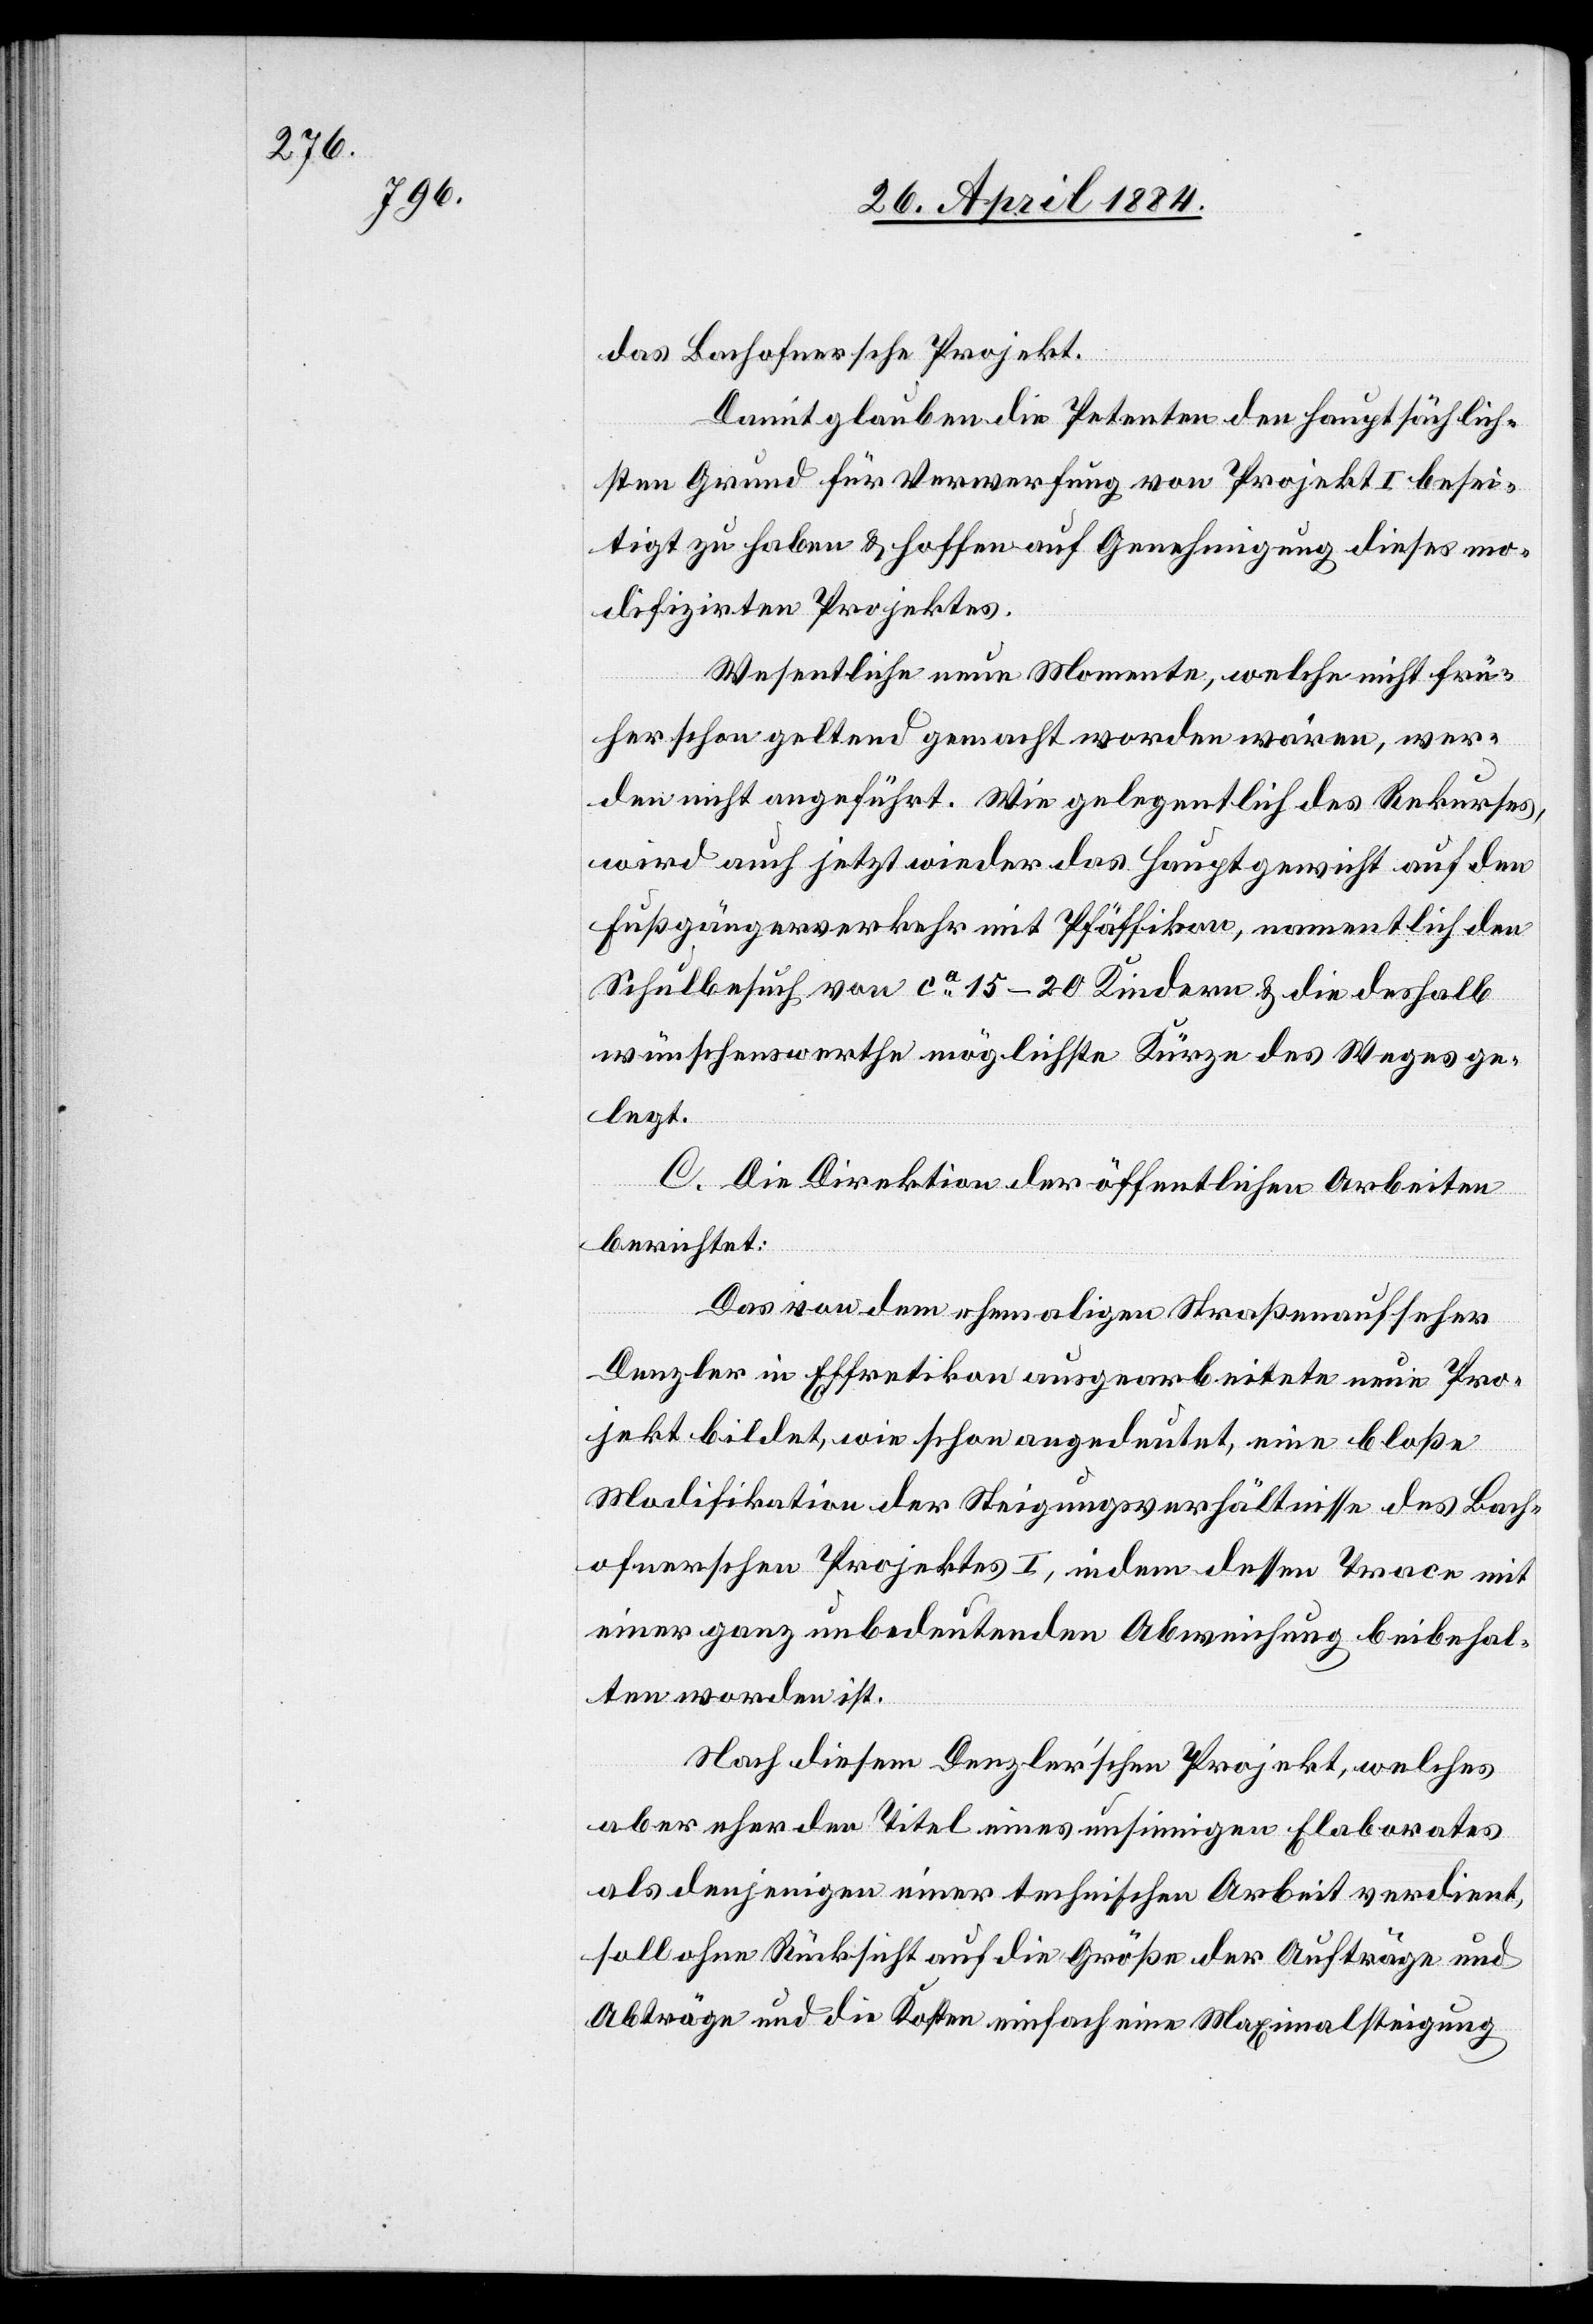
das Bachofnersche Projekt.
Damit glauben die Petenten den hauptsächlich¬
en Grund für Verwerfung von Projekt I besei¬
tigt zu haben & hoffen auf Genehmigung dieses mo¬
difizirten Projektes.
Wesentliche neue Momente, welche nicht frü¬
her schon geltend gemacht worden wären, wer¬
den nicht angeführt. Wie gelegentlich des Rekurses,
wird auch jetzt wieder das Hauptgewicht auf den
Fußgängerverkehr mit Pfäffikon, namentlich den
Schulbesuch von ca 15–20 Kindern & die deshalb
wünschenswerthe möglichste Kürze des Weges ge¬
legt.
C. Die Direktion der öffentlichen Arbeiten
berichtet:
Das von dem ehemaligen Straßenaufseher
Denzler in Effretikon ausgearbeitete neue Pro¬
jekt bildet, wie schon angedeutet, eine bloße
Modifikation der Steigungsverhältnisse des Bach¬
ofnerschen Projektes I, indem dessen Trace mit
einer ganz unbedeutenden Abweichung beibehal¬
ten worden ist.
Nach diesem Denzler’schen Projekt, welches
aber eher den Titel eines unsinnigen Elaborates
als denjenigen einer technischen Arbeit verdient,
soll ohne Rücksicht auf die Größe der Aufträge und
Abträge und die Kosten einfach eine Maximalsteigung